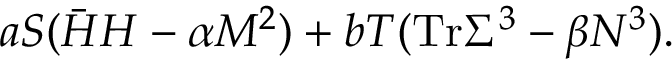
a S ( \bar { H } H - \alpha M ^ { 2 } ) + b T ( \mathrm { T r } \Sigma ^ { 3 } - \beta N ^ { 3 } ) .